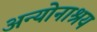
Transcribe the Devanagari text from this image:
अन्योनाश्रय